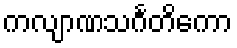
ကလျာဏသင်္ဂတိကော